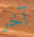
آخر